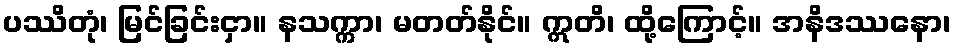
ပဿိတုံ၊ မြင်ခြင်းငှာ။ နသက္ကာ၊ မတတ်နိုင်။ ဣတိ၊ ထို့ကြောင့်။ အနိဒဿနော၊